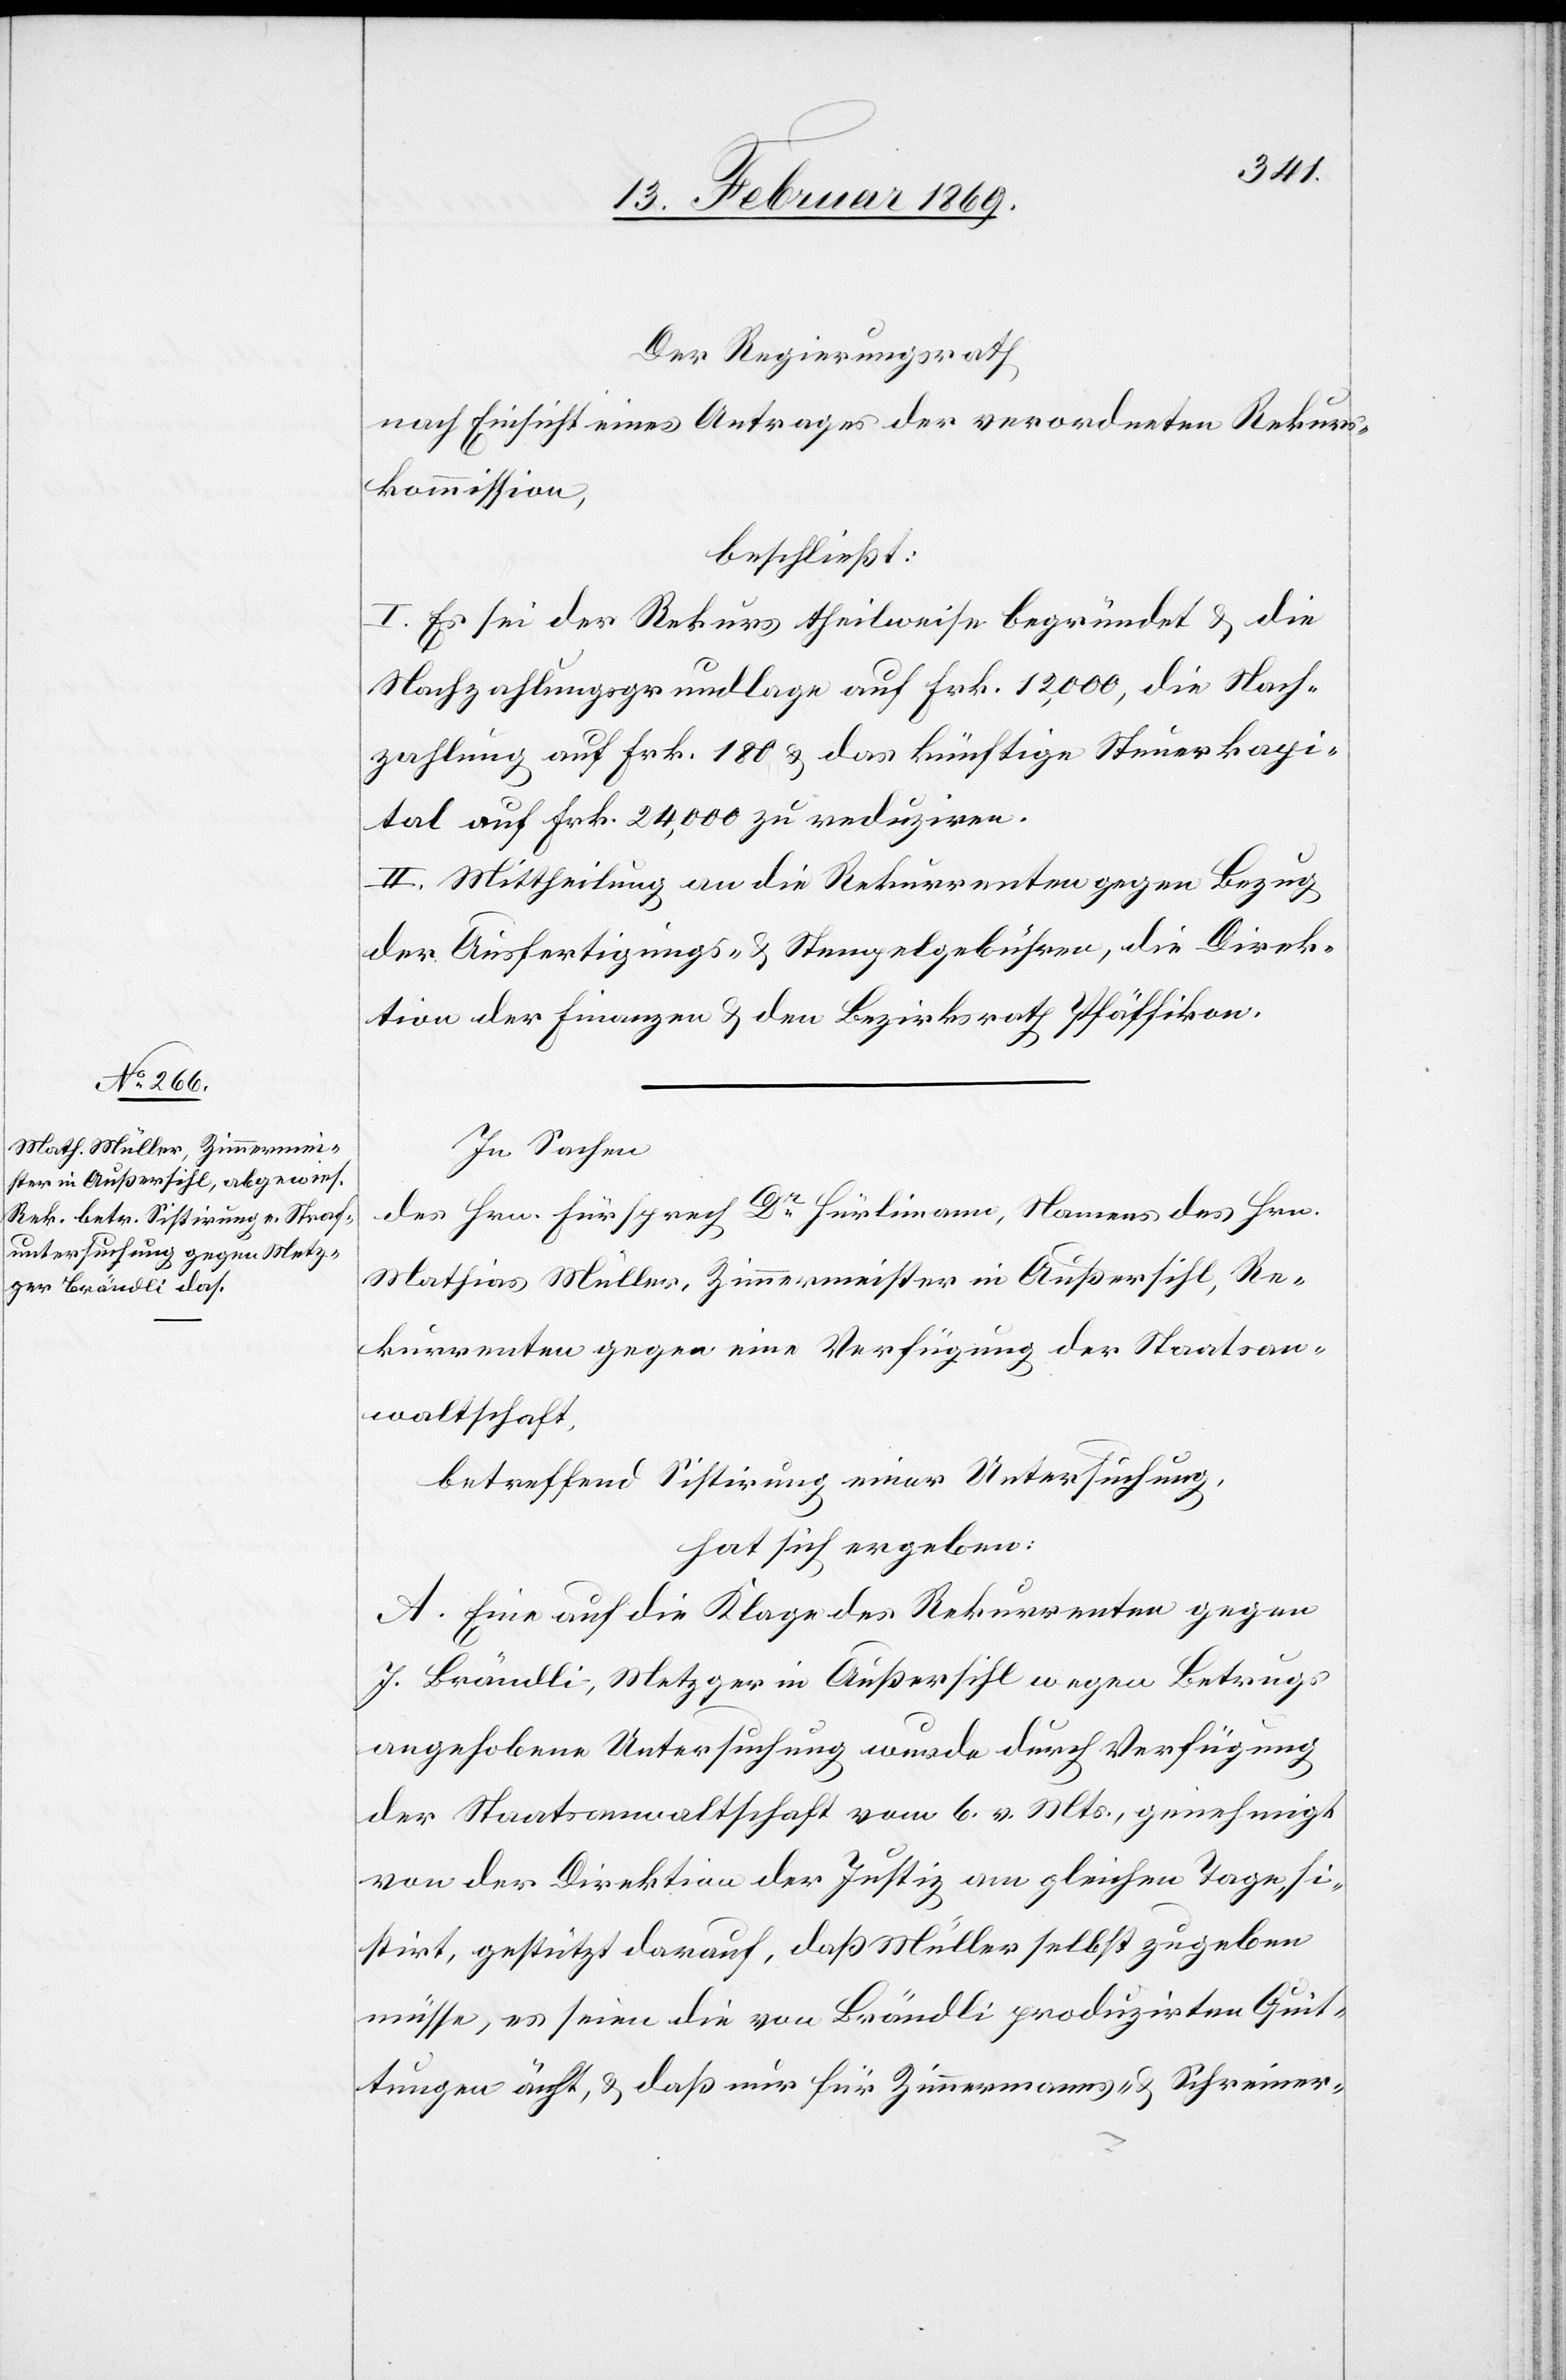
Der Regierungsrath
nach Einsicht eines Antrages der verordneten Rekurs¬
kommission,
beschließt:
I. Es sei der Rekurs theilweise begründet u. die
Nachzahlungsgrundlage auf Frk. 12,000, die Nach¬
zahlung auf Frk. 180 u. das künftige Steuerkapi¬
tal auf Frk. 24,000 zu reduziren.
II. Mittheilung an die Rekurrenten gegen Bezug
der Ausfertigungs- u. Stempelgebühren, die Direk¬
tion der Finanzen u. den Bezirksrath Pfäffikon.